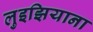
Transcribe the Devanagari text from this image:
लुइझियाना